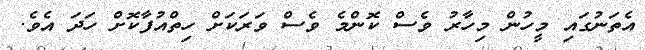
އެތަނުގައި މީހުން މިހާރު ވެސް ކޮންމެ ވެސް ވަރަކަށް ހިތްއުފާކޮށް ހަަދަ އެވެ.